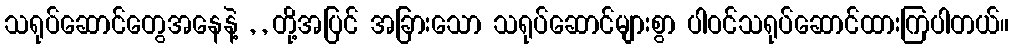
သရုပ်ဆောင်တွေအနေနဲ့ , , တို့အပြင် အခြားသော သရုပ်ဆောင်များစွာ ပါဝင်သရုပ်ဆောင်ထားကြပါတယ်။